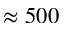
\approx 5 0 0